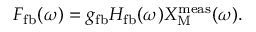
F _ { \mathrm { f b } } ( \omega ) = g _ { \mathrm { f b } } H _ { \mathrm { f b } } ( \omega ) X _ { \mathrm { M } } ^ { \mathrm { m e a s } } ( \omega ) .